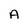
Character: A